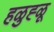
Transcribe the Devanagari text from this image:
हळुह्ळू